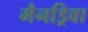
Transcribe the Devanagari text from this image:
मैनड्रिवा